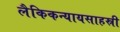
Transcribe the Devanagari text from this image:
लैकिकन्यायसाहस्री